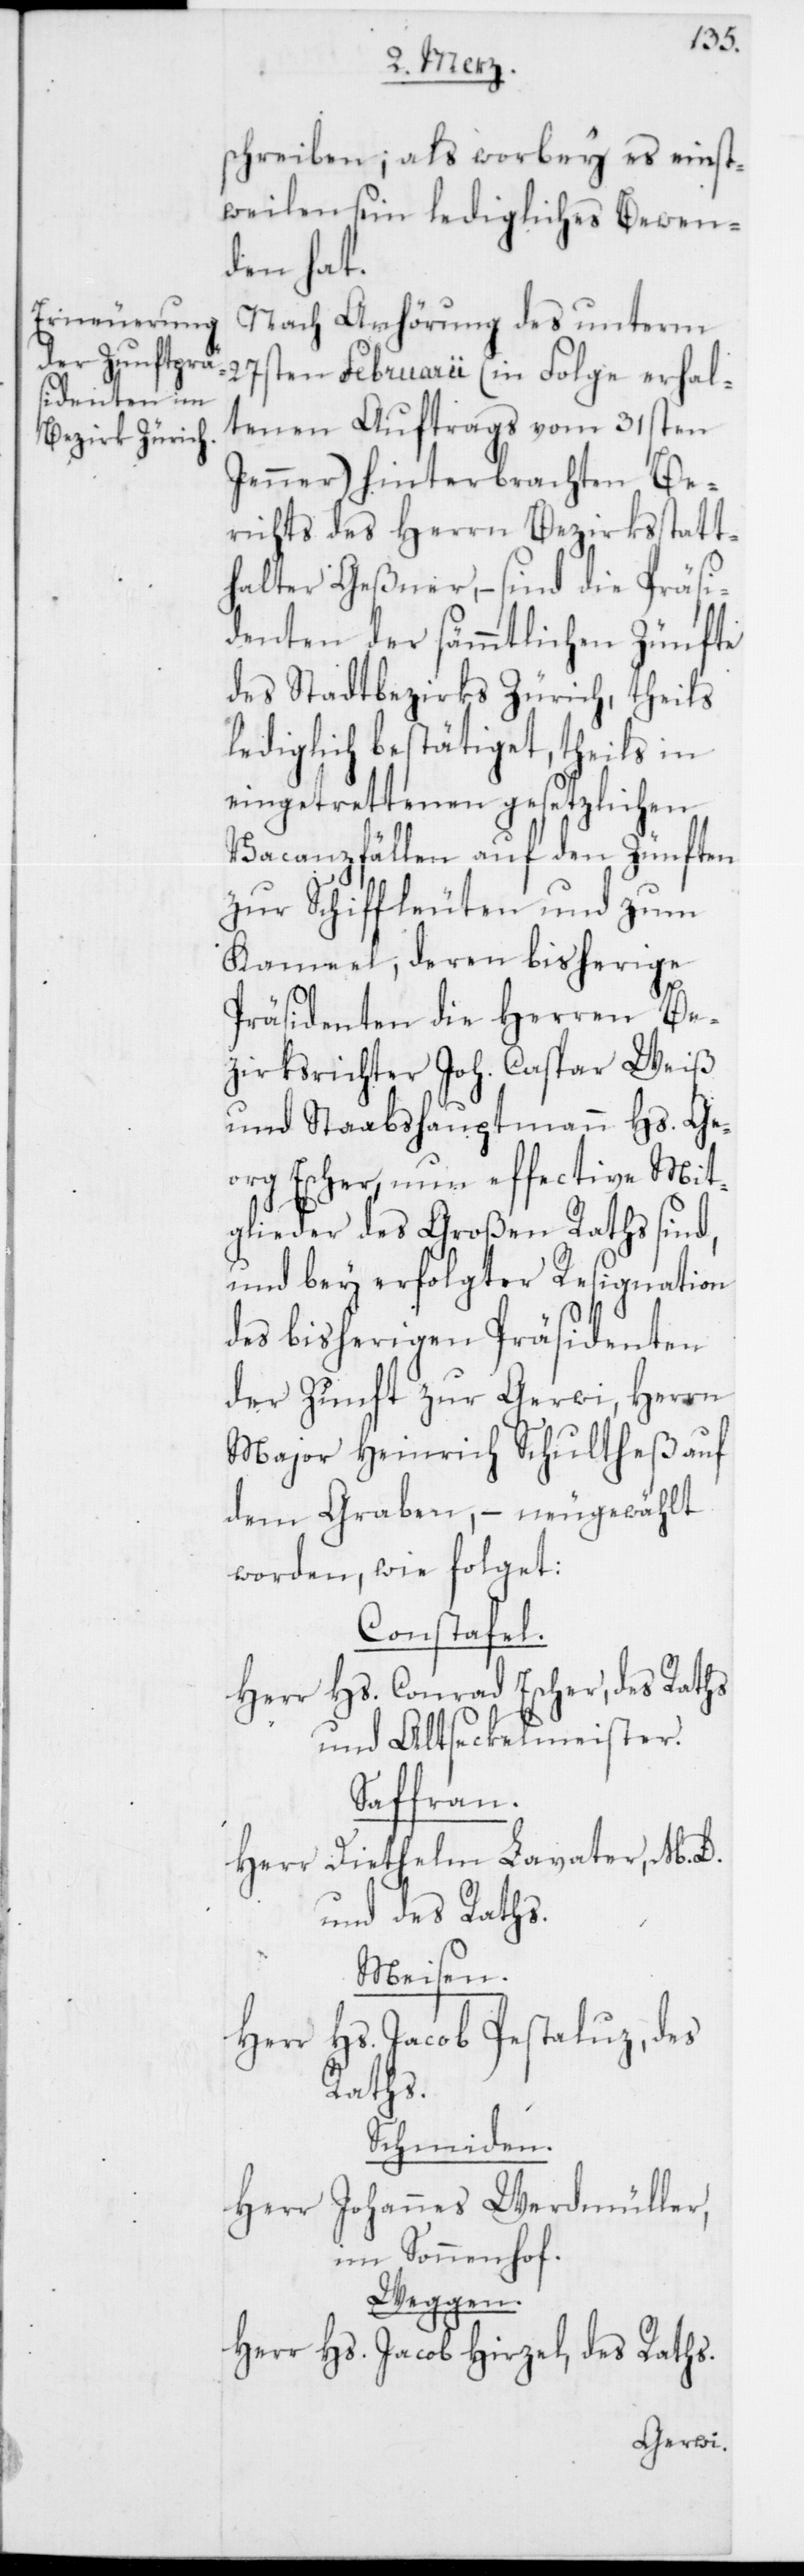
schreiben; als worbey es einst¬
weilen sein ledigliches Bewen¬
den hat.
Nach Anhörung des unterm
tenen Auftrags vom 31sten
Jenner) hinterbrachten Be¬
richts des Herrn Bezirksstatt¬
halter Geßner, – sind die Präsi¬
denten der sämmtlichen Zünfte
des Stadtbezirks Zürich, theils
lediglich bestätiget, theils in
eingetrettenen gesetzlichen
Vacanzfällen auf den Zünften
zur Schiffleuten und zum
Kamel, deren bisherige
Präsidenten die Herren Be¬
zirksrichter Joh. Caspar Weiß
und Stabshauptmann Hs. Ge¬
org Escher, nun effective Mit¬
glieder des Großen Raths sind,
und bey erfolgter Resignation
des bisherigen Präsidenten
der Zunft zur Gerwi, Herrn
Major Heinrich Schultheß auf
dem Graben, – neugewählt
worden, wie folget:
Constafel.
Herr Hs. Conrad Escher, des Raths
und Altseckelmeister.
Saffran.
Herr Diethelm Lavater, M. D.
und des Raths.
Meisen.
Hs. Jacob Pestaluz, des
Herr
Raths.
Schmiden.
Herr Johannes Werdmüller,
im Sonnenhof.
Weggen.
Herr Hs. Jacob Hirzel, des Raths.
erhal¬